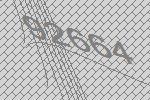
92664